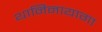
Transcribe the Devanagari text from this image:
थानिनायागा